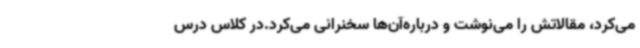
می‌کرد، مقالاتش را می‌نوشت و درباره‌آن‌ها سخنرانی می‌کرد.در کلاس درس